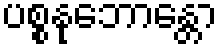
ပစ္စနုဘောန္တော